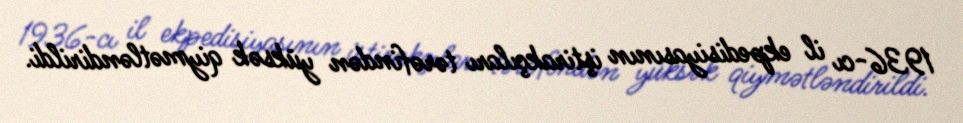
1936-cı il ekpedisiyasının iştirakçıları tərəfindən yüksək qiymətləndirildi.